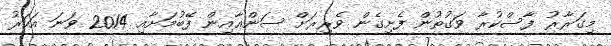
މިގަރާރު ފާސްކުރާ ވަގުތުން ފެށިގެން ވެރިރަށް ސަންޢާއިން ފޭބުމަށާއި 2014 ވަނަ އަހަރު